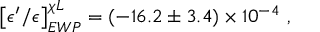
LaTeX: \left[ \epsilon ^ { \prime } / \epsilon \right] _ { E W P } ^ { \chi L } = \left( - 1 6 . 2 \pm 3 . 4 \right) \times 1 0 ^ { - 4 } \ ,